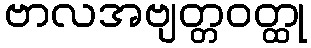
ဗာလအဗျတ္တဝတ္ထု